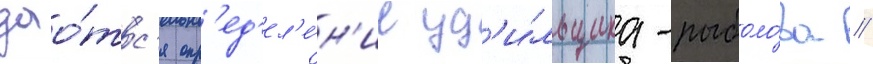
дао́тс'я опр'ед'ел'е́н'ие уд'и́льщика-рыболо́ва //